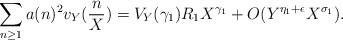
LaTeX: \begin{align*} \sum_{n \geq 1} a(n)^2 v_Y(\frac{n}{X}) = V_Y(\gamma_{1}) R_1 X^{\gamma_{1}} + O(Y^{\eta_{1} + \epsilon}X^{\sigma_1}). \end{align*}